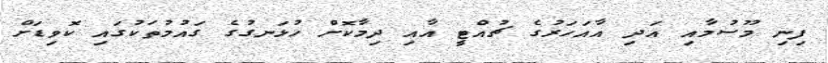
ފިނި މޫސުމާއި އަދި އާއަހަރުގެ ޗުއްޓީ އާއި ދިމާކޮށް ހުޅަނގުގެ ގައުމުތަކުގައި ކޮވިޑަށް